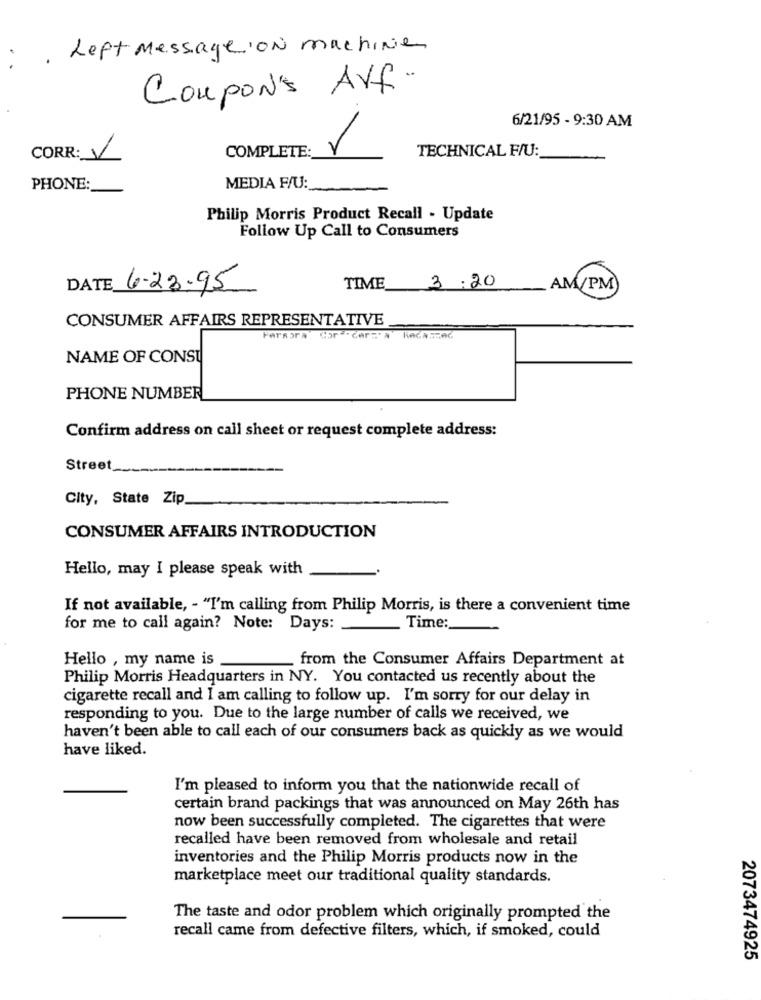
Left Message ON machine
Coupon's AVf.
6/21/95 - 9:30 AM
TECHNICAL F/U:
CORR: V
COMPLETE:
PHONE:
MEDIA F/U:
Philip Morris Product Recall - Update
Follow Up Call to Consumers
DATE 6-23-95
TIME 3:20
.AM/PM)
CONSUMER AFFAIRS REPRESENTATIVE
Fersara
Cor .Cer:" A Reca.506
NAME OF CONST
PHONE NUMBER
Confirm address on call sheet or request complete address:
Street_
City, State Zip
CONSUMER AFFAIRS INTRODUCTION
Hello, may I please speak with
If not available, - "I'm calling from Philip Morris, is there a convenient time
for me to call again? Note: Days:
Time:
Hello , my name is .
from the Consumer Affairs Department at
Philip Morris Headquarters in NY. You contacted us recently about the
cigarette recall and I am calling to follow up. I'm sorry for our delay in
responding to you. Due to the large number of calls we received, we
haven't been able to call each of our consumers back as quickly as we would
have liked.
I'm pleased to inform you that the nationwide recall of
certain brand packings that was announced on May 26th has
now been successfully completed. The cigarettes that were
recalled have been removed from wholesale and retail
inventories and the Philip Morris products now in the
marketplace meet our traditional quality standards.
The taste and odor problem which originally prompted the
recall came from defective filters, which, if smoked, could
2073474925